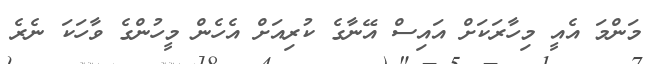
މަންމަ އެއީ މިހާރަކަށް އައިސް އޭނާގެ ކުރިއަށް އެހެން މީހުންގެ ވާހަކަ ނެރެ